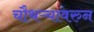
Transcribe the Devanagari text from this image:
चौथऱ्यावरुन